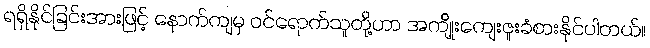
ရရှိနိုင်ခြင်းအားဖြင့် နောက်ကျမှ ဝင်ရောက်သူတို့ဟာ အကျိုးကျေးဇူးခံစားနိုင်ပါတယ်။